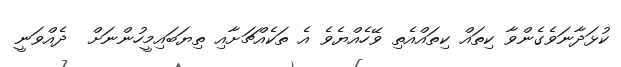
ކުޅަދާނަވެގެންވާ ކިތައް ކިތައްއެތި ވޭހެއްޔެވެ އެ ތަކެއްޗަށާއި ތިޔަބައިމީހުންނަށް  ދެއްވަނީ